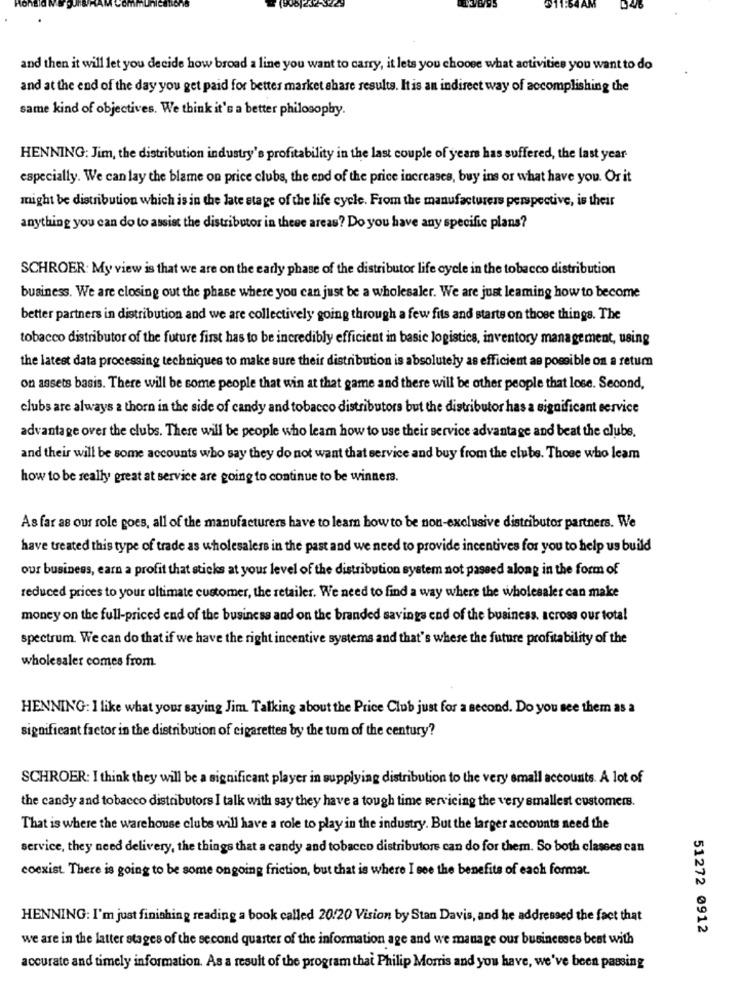
and then it will let you decide how broad a line you want to carry, it lets you choose what activities you want to do
and at the end of the day you get paid for better market share results. It is an indirect way of accomplishing the
same kind of objectives. We think it's a better philosophy.
HENNING: Jim, the distribution industry's profitability in the last couple of years has suffered, the last year
especially. We can lay the blame on price clubs, the end of the price increases, buy ins or what have you. Or it
might be distribution which is in the late stage of the life cycle. From the manufacturers perspective, is their
anything you can do to assist the distributor in these areas? Do you have any specific plans?
SCHROER: My view is that we are on the early phase of the distributor life cycle in the tobacco distribution
business. We are closing out the phase where you can just be a wholesaler. We are just leaming how to become
better partners in distribution and we are collectively going through a few fits and starts on those things. The
tobacco distributor of the future first has to be incredibly efficient in basic logistics, inventory management, using
the latest data processing techniques to make sure their distribution is absolutely as efficient as possible on a retum
on assets basis. There will be some people that win at that game and there will be other people that lose. Second,
clubs are always a thorn in the side of candy and tobacco distributors but the distributor has a significant service
advantage over the clubs. There will be people who leam how to use their service advantage and beat the clube.
and their will be some accounts who say they do not want that service and buy from the clube. Those who leam
how to be really great at service are going to continue to be winners.
As far as our role goes, all of the manufacturers have to learn howto be non-exclusive distributor partners. We
have treated this type of trade as wholesalers in the past and we need to provide incentives for you to help us build
our business, earn a profit that sticks at your level of the distribution system not passed along in the form of
reduced prices to your ultimate customer, the retailer. We need to find a way where the wholesaler can make
money on the full-priced end of the business and on the branded savings end of the business. across our total
spectrum. We can do that if we have the right incentive systems and that's where the future profitability of the
wholesaler comes from.
HENNING: I like what your saying Jim. Talking about the Price Club just for a second. Do you see them as a
significant factor in the distribution of cigarettes by the tum of the century?
SCHROER: I think they will be a significant player in supplying distribution to the very small accounts. A lot of
the candy and tobacco distributors I talk with say they have a tough time servicing the very smallest customers.
That is where the warehouse clubs will have a role to play in the industry. But the larger accounts need the
service, they need delivery, the things that a candy and tobacco distributore can do for them. So both classes can
coexist There is going to be some ongoing friction, but that is where I see the benefits of each format.
HENNING: I'm just finishing reading a book called 20/20 Vision by Stan Davis, and he addressed the fact that
51272 0912
we are in the latter stages of the second quarter of the information age and we manage our businesses best with
accurate and timely information. As a result of the program thai Philip Morris and you have, we've been passing